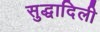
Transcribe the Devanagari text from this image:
सुद्धादिली